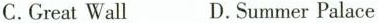
C.Great Wall D.Summer Palace